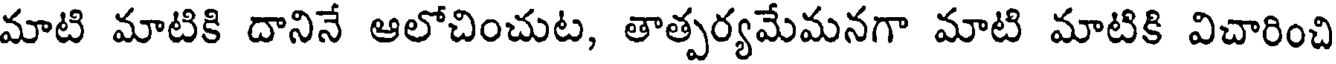
మాటి మాటికి దానినే ఆలోచించుట, తాత్పర్యమేమనగా మాటి మాటికి విచారించి